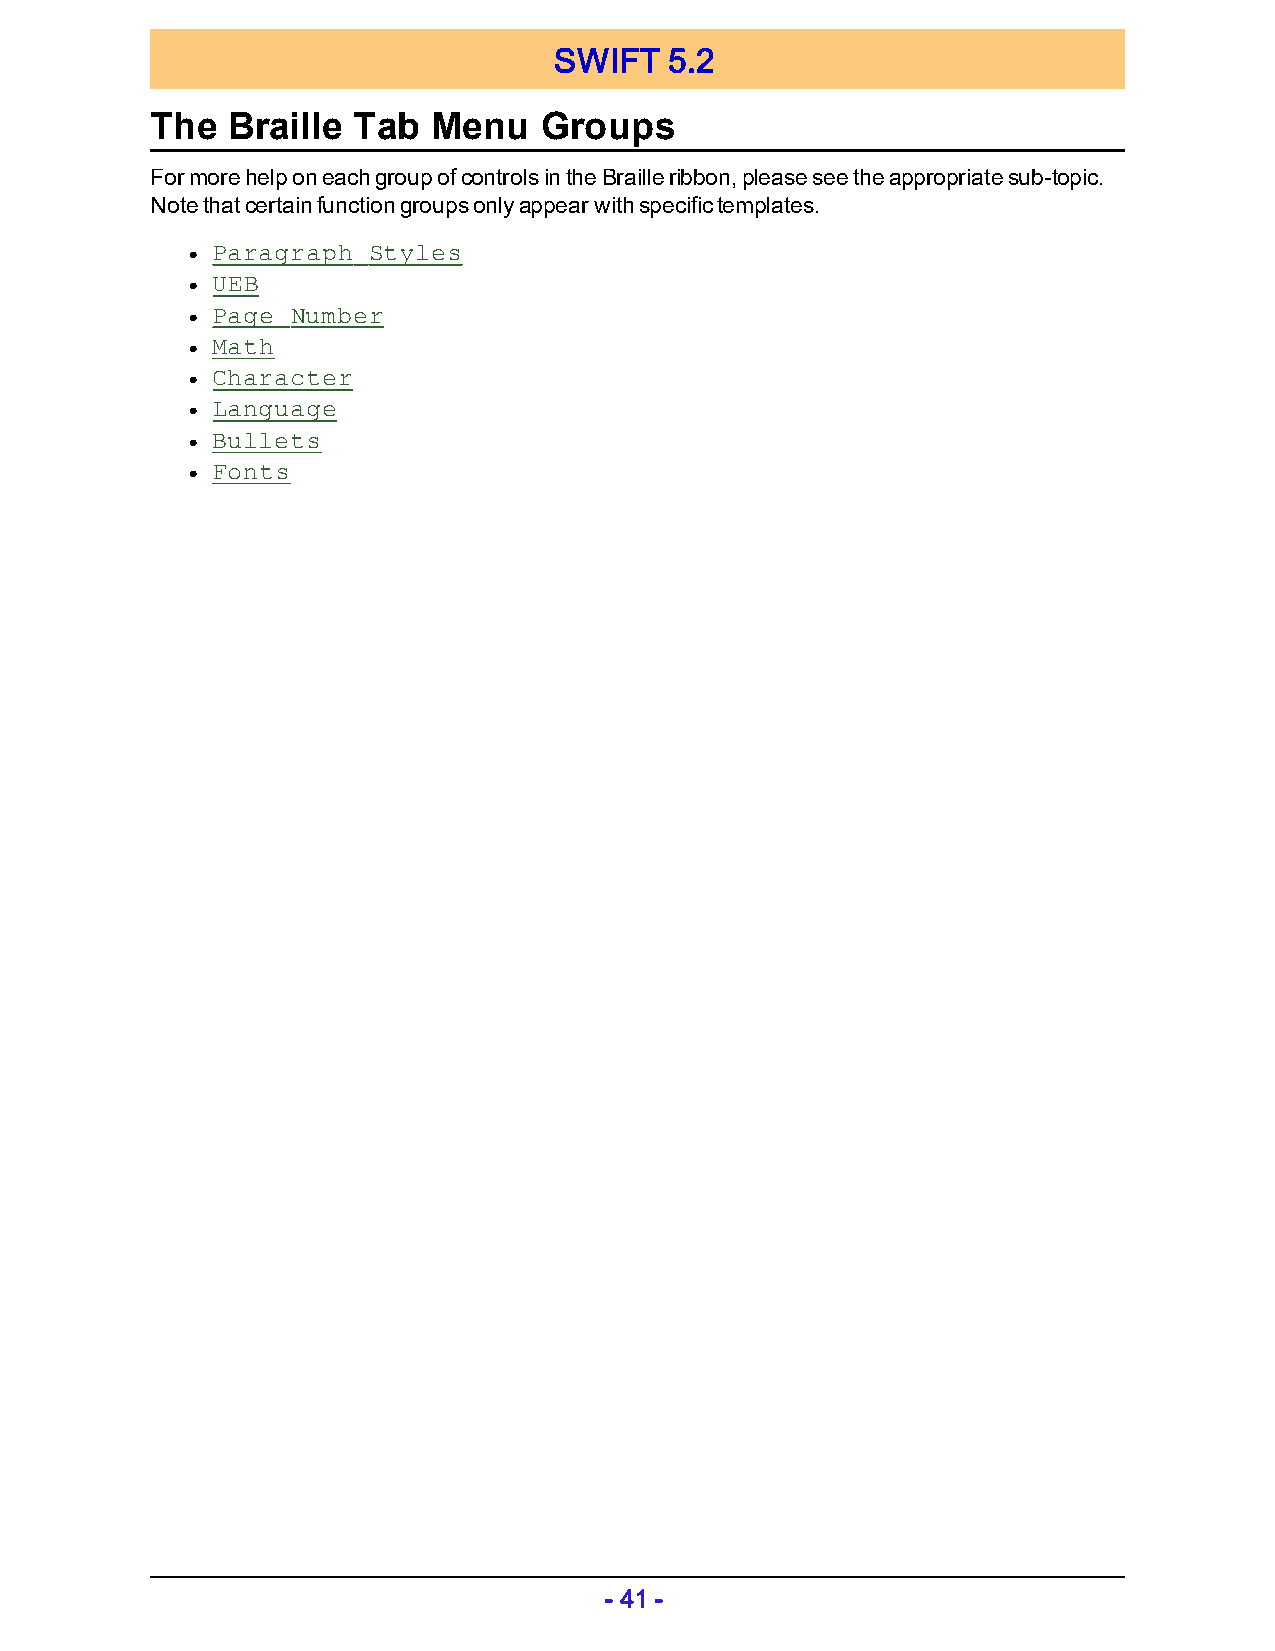
SWIFT  5.2
 The  Braille Tab   Menu   Groups
 For more help on each group of controls in the Braille ribbon, please see the appropriate sub-topic.
 Note that certain function groups only appear with specific templates.
 Paragraph Styles
 l
 UEB
 l
 Page Number
 l
 Math
 l
 Character
 l
 Language
 l
 Bullets
 l
 Fonts
 l
 - 41 -